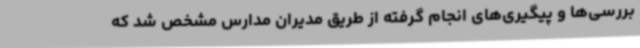
بررسی‌ها و پیگیری‌های انجام گرفته از طریق مدیران مدارس مشخص شد که